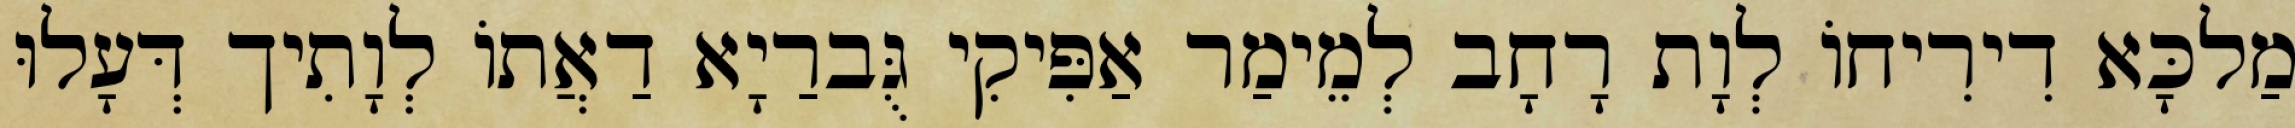
מַלכָּא דִירִיחוֹ לְוָת רָחָב לְמֵימַר אַפִּיקִי גֻּברַיָא דַאֲתוֹ לְוָתִיך דְּעָלוּ